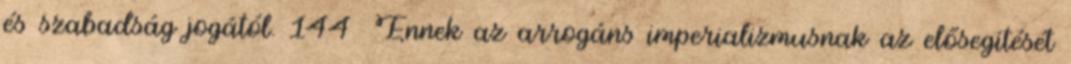
és szabadság jogától. 144 Ennek az arrogáns imperializmusnak az elősegítését